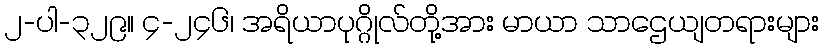
၂-ပါ-၃၂၉။ ၄-၂၄၆၊ အရိယာပုဂ္ဂိုလ်တို့အား မာယာ သာဌေယျတရားများ